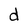
Character: d